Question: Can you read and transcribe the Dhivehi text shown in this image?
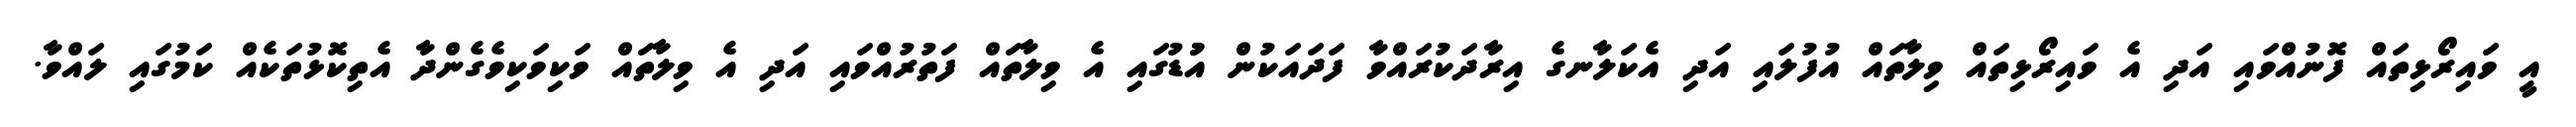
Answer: އީ ވައިރޯޅިތައް ފޮނުއްވައި އަދި އެ ވައިރޯޅިތައް ވިލާތައް އުފުލައި އަދި އެކަލާނގެ އިރާދަކުރައްވާ ފަދައަކުން އުުޑުގައި އެ ވިލާތައް ފަތުރުއްވައި އަދި އެ ވިލާތައް ވަކިވަކިވެގެންދާ އެތިކޮޅުތަކެއް ކަމުގައި ލައްވާ.